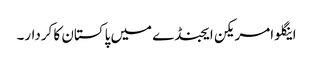
اینگلو امریکن ایجنڈے میں پاکستان کا کردار۔